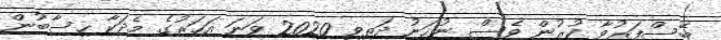
ބޭސްފަރުވާ ކުރުން ވެސް ނުހަނު ދަތިވި 2020 ވަނަ އަހަރުގެ މެދަކާ ހިސާބުން